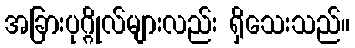
အခြားပုဂ္ဂိုလ်များလည်း ရှိသေးသည်။